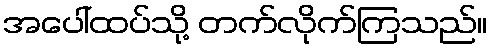
အပေါ်ထပ်သို့ တက်လိုက်ကြသည်။